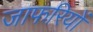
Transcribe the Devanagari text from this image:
जाफरियों